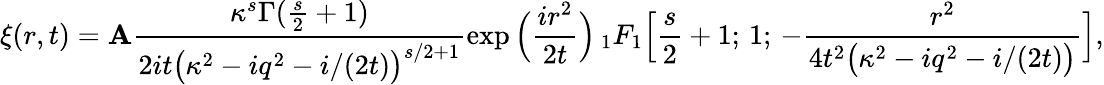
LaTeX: \xi(r,t)=\mathbf{A}\frac{{\kappa^{s}\Gamma(\frac{{s}}{{2}}+1)}}{{2it\big(\kappa^{2}-iq^{2}-i/(2t)\big)^{s/2+1}}}\exp\Big(\frac{{ir^{2}}}{{2t}}\Big)\, _{1}F_{1}\Big[\frac{{s}}{{2}}+1;\, 1;\, -\frac{{r^{2}}}{{4t^{2}\big(\kappa^{2}-iq^{2}-i/(2t)\big)}}\Big],